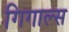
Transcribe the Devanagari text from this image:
गिगाल्स